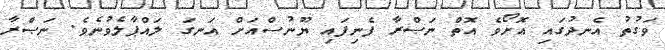
ވަގުތު އެނދުގައި އޮށޯވެ އޮތް ނަޞްރާ ފެނިފައި ޔޫނުސްއަށް އަނގަ ލައްޕާލެވުނެވެ. ނަޞްރާ